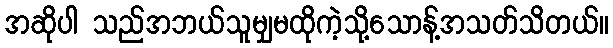
အဆိုပါ သည်အဘယ်သူမျှမထိုကဲ့သို့သောန့်အသတ်သိတယ်။